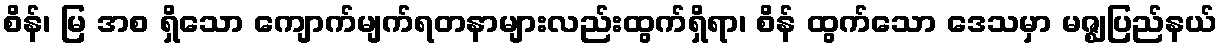
စိန်၊ မြ အစ ရှိသော ကျောက်မျက်ရတနာများလည်းထွက်ရှိရာ၊ စိန် ထွက်သော ဒေသမှာ မဇ္ဈပြည်နယ်